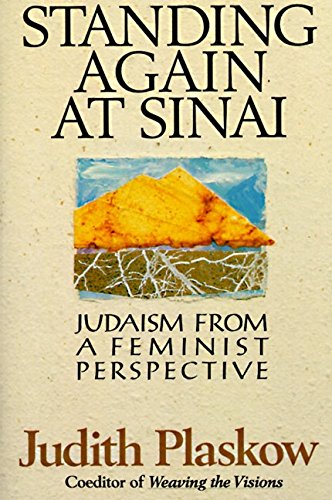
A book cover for Standing Again at Sinai: Judaism from a Feminist Perspective; Judith Plaskow; Religion & Spirituality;